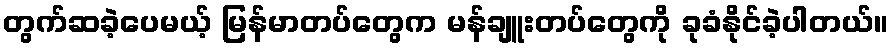
တွက်ဆခဲ့ပေမယ့် မြန်မာတပ်တွေက မန်ချူးတပ်တွေကို ခုခံနိုင်ခဲ့ပါတယ်။